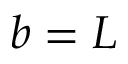
b = L